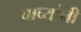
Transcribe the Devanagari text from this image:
चाच्यांनी